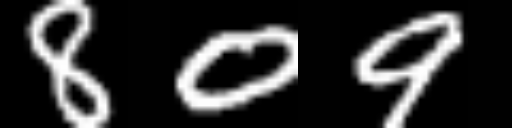
Text: 809